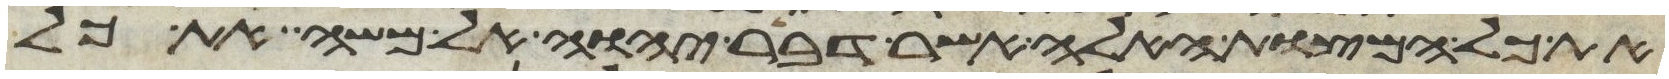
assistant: את כל המצות האלה אשר דבר יהוה אל משה את כל